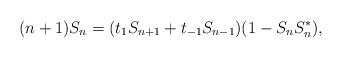
LaTeX: \begin{align*}(n+1)S_{n}=(t_{1}S_{n+1}+t_{-1}S_{n-1})(1-S_{n}S_{n}^{*}),\end{align*}